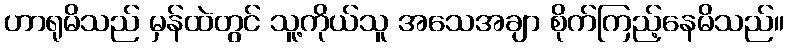
ဟာရုမိသည် မှန်ထဲတွင် သူ့ကိုယ်သူ အသေအချာ စိုက်ကြည့်နေမိသည်။